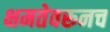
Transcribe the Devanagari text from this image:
क्षमतेवरूनच